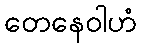
တေနေဝါဟံ